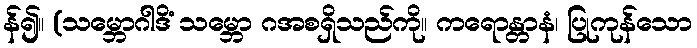
န်၍။ (သမ္ဘောဂါဒိံ သမ္ဘော ဂအစရှိသည်ကို။ ကရောန္တာနံ၊ ပြုကုန်သော